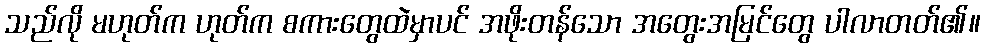
သည်လို မဟုတ်က ဟုတ်က စကားတွေထဲမှာပင် အဖိုးတန်သော အတွေးအမြင်တွေ ပါလာတတ်၏။